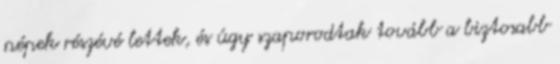
népek részévé lettek, és úgy szaporodtak tovább a biztosabb